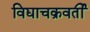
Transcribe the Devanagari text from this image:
विद्याचक्रवर्ती